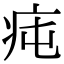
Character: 𤵊